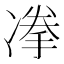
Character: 𱐉